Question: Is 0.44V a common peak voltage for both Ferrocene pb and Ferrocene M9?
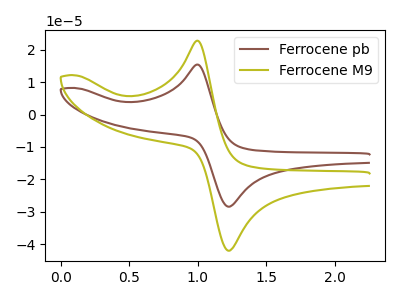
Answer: <think>The brown curve "Ferrocene pb" has an anodic peak at (1.00V, 15.40uA) and a cathodic peak at (1.25V, -28.40uA). The olive curve "Ferrocene M9" has an anodic peak at (1.00V, 22.80uA) and a cathodic peak at (1.25V, -41.95uA).</think>
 <answer>No, "Ferrocene pb" and "Ferrocene M9" dont share a peak at 0.44V.</answer>
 <eval>mismatch</eval>